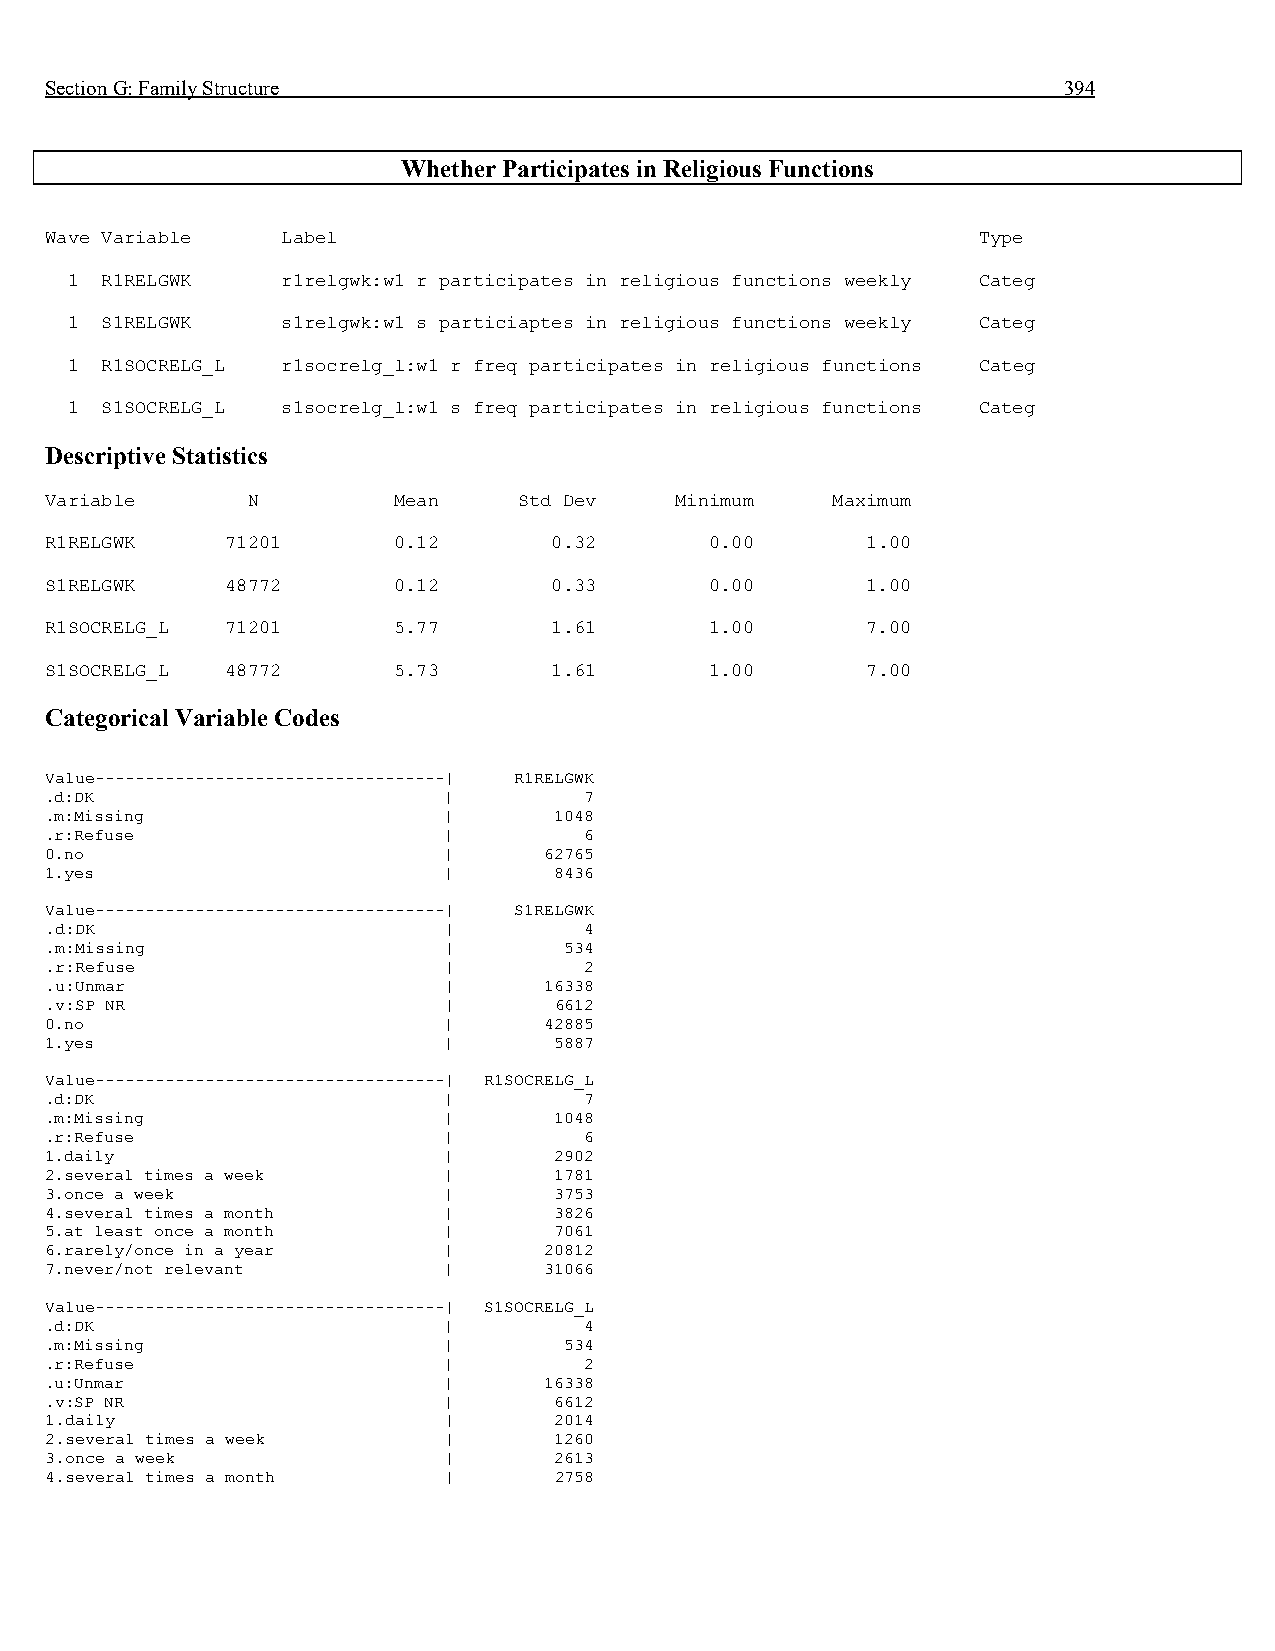
Section G: Family Structure                                        394
 Whether Participates in Religious Functions
 Wave Variable   Label                                         Type
 1  R1RELGWK    r1relgwk:w1 r participates in religious functions weekly Categ
 1  S1RELGWK    s1relgwk:w1 s particiaptes in religious functions weekly Categ
 1  R1SOCRELG_L r1socrelg_l:w1 r freq participates in religious functions Categ
 1  S1SOCRELG_L s1socrelg_l:w1 s freq participates in religious functions Categ
 Descriptive Statistics
 Variable     N         Mean    Std Dev    Minimum   Maximum
 R1RELGWK    71201      0.12      0.32       0.00      1.00
 S1RELGWK    48772      0.12      0.33       0.00      1.00
 R1SOCRELG_L 71201      5.77      1.61       1.00      7.00
 S1SOCRELG_L 48772      5.73      1.61       1.00      7.00
 Categorical Variable Codes
 Value-----------------------------------| R1RELGWK
 .d:DK                     |         7
 .m:Missing                |       1048
 .r:Refuse                 |         6
 0.no                      |      62765
 1.yes                     |       8436
 Value-----------------------------------| S1RELGWK
 .d:DK                     |         4
 .m:Missing                |       534
 .r:Refuse                 |         2
 .u:Unmar                  |      16338
 .v:SP NR                  |       6612
 0.no                      |      42885
 1.yes                     |       5887
 Value-----------------------------------| R1SOCRELG_L
 .d:DK                     |         7
 .m:Missing                |       1048
 .r:Refuse                 |         6
 1.daily                   |       2902
 2.several times a week    |       1781
 3.once a week             |       3753
 4.several times a month   |       3826
 5.at least once a month   |       7061
 6.rarely/once in a year   |      20812
 7.never/not relevant      |      31066
 Value-----------------------------------| S1SOCRELG_L
 .d:DK                     |         4
 .m:Missing                |       534
 .r:Refuse                 |         2
 .u:Unmar                  |      16338
 .v:SP NR                  |       6612
 1.daily                   |       2014
 2.several times a week    |       1260
 3.once a week             |       2613
 4.several times a month   |       2758